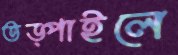
তড়্‌পাইলে